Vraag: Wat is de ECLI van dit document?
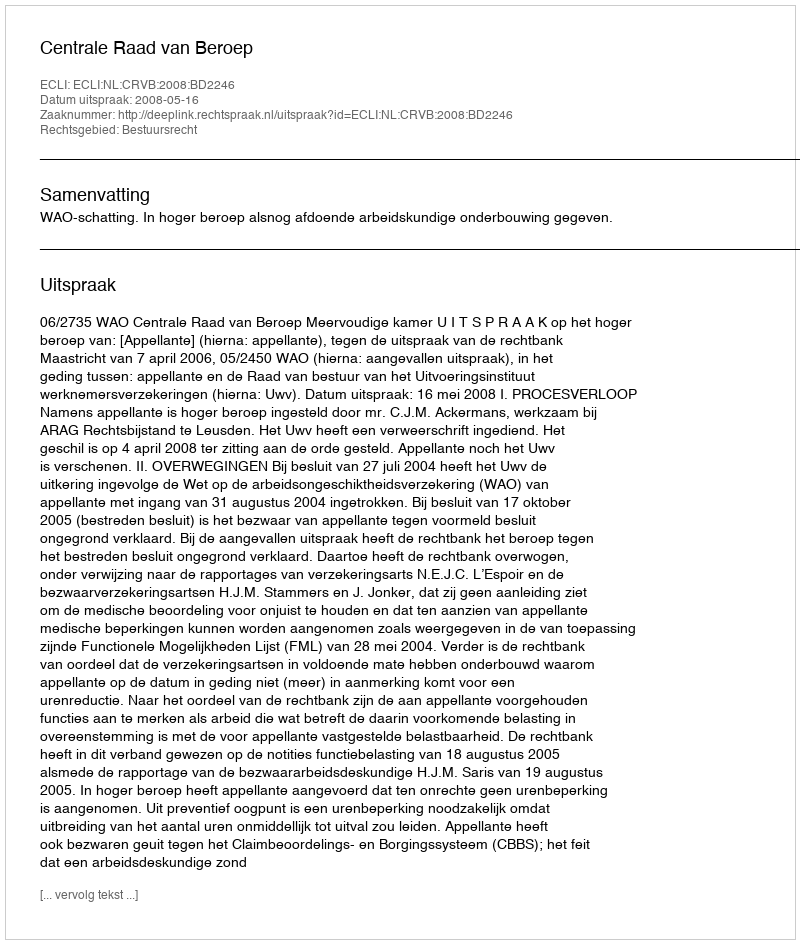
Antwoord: ECLI:NL:CRVB:2008:BD2246